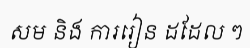
សម និង ការរៀន ដដែល ៗ